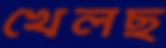
খেলছ